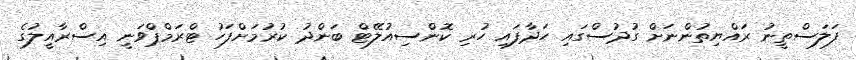
ފަލަސްތީނު ރައްޔިތުންނަށް ގުދުސްގައި ހަދާފައި ހުރި ކޮންސިއުލޭޓް ބަންދު ކުރުމަށްފަހު ޓްރަމްޕްވަނީ އިސްރާއީލުގެ